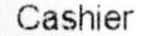
CASHIER